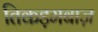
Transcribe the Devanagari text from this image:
तिकड़मबाज़